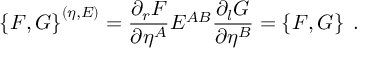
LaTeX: \left\{ F , G \right\} ^ { ( \eta , E ) } = \frac { \partial _ { r } F } { \partial \eta ^ { A } } E ^ { A B } \frac { \partial _ { l } G } { \partial \eta ^ { B } } = \left\{ F , G \right\} \; .